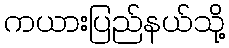
ကယားပြည်နယ်သို့